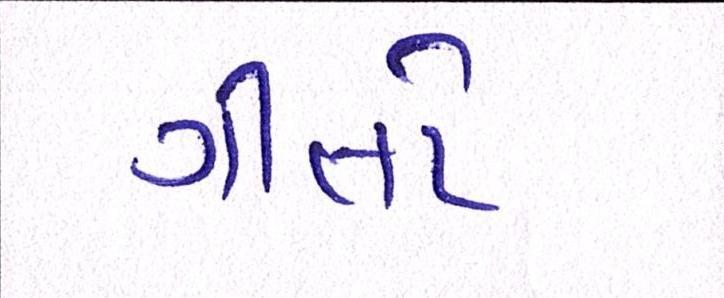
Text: ગીતો